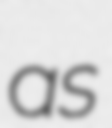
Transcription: as